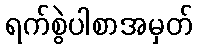
ရက်စွဲပါစာအမှတ်